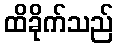
ထိခိုက်သည်